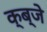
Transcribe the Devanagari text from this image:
क्ब्जे